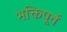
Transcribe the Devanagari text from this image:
भक्तिपूर्व